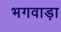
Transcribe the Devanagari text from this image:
भगवाड़ा